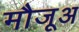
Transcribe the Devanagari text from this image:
मौजूअ